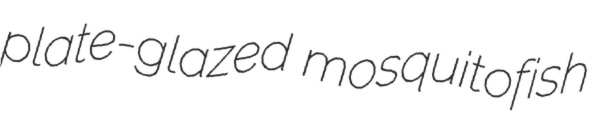
plate-glazed mosquitofish